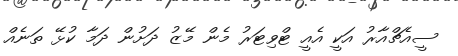
ސީއެޗްއާރު އަކީ އެއީ ޓްވިޓަރު މެން މޭޒު ދަށުން ދަމާ ކުޅޭ ތަނެއް